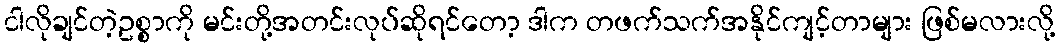
ငါလိုချင်တဲ့ဥစ္စာကို မင်းတို့အတင်းလုပ်ဆိုရင်တော့ ဒါက တဖက်သက်အနိုင်ကျင့်တာများ ဖြစ်မလားလို့